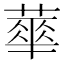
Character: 蕐